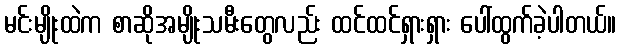
မင်းမျိုးထဲက စာဆိုအမျိုးသမီးတွေလည်း ထင်ထင်ရှားရှား ပေါ်ထွက်ခဲ့ပါတယ်။